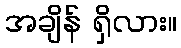
အချိန် ရှိလား။